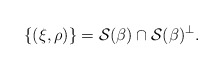
\begin{align*} \{(\xi,\rho)\}=\mathcal{S}(\beta)\cap\mathcal{S}(\beta)^\perp. \end{align*}